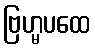
ဗြဟ္မပထေ